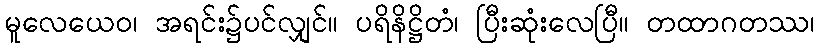
မူလေယေဝ၊ အရင်း၌ပင်လျှင်။ ပရိနိဋ္ဌိတံ၊ ပြီးဆုံးလေပြီ။ တထာဂတဿ၊